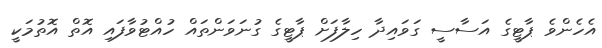
އެހެންވެ ޕާޓީގެ އަސާސީ ގަވައިދާ ހިލާފަށް ޕާޓީގެ ގުނަވަންތައް ހުއްޓުވާފައި އޮތް އޮތުމަކީ